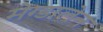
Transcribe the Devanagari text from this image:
मेग्डालेन